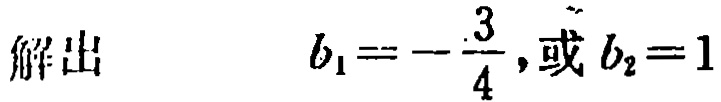
解出 $\quad b_{1}=-\frac{3}{4},\text{或}b_{2}=1$